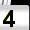
Digit: 4